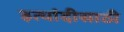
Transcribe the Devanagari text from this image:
इत्यांदीसाठी